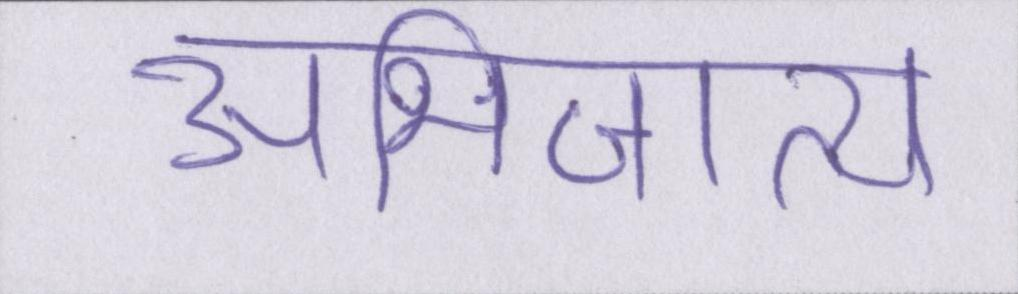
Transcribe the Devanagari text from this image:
अभिजात्य